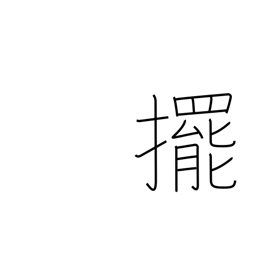
Meaning: push open